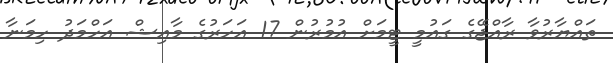
ތައްޔާރުވާ ރާއްޖޭގެ ގައުމީ ޓީމަށް އުމުރުން 17 އަހަރުގެ މާއިޝް އަހްމަދު ހިމަނާ